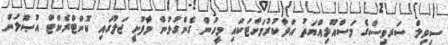
ސިވިލް ސަރވިސްގެ މަސްއޫލިއްޔަތު އަދާކުރުމަށްޓަކައި މީހުން ގެންގުޅުން މާފުށީ ޖަލުގައި ކޮންޓްރެކްޓް އުޞޫލުން